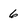
Character: 6